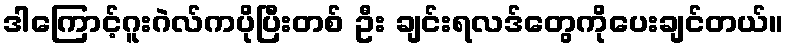
ဒါကြောင့်ဂူးဂဲလ်ကပိုပြီးတစ် ဦး ချင်းရလဒ်တွေကိုပေးချင်တယ်။